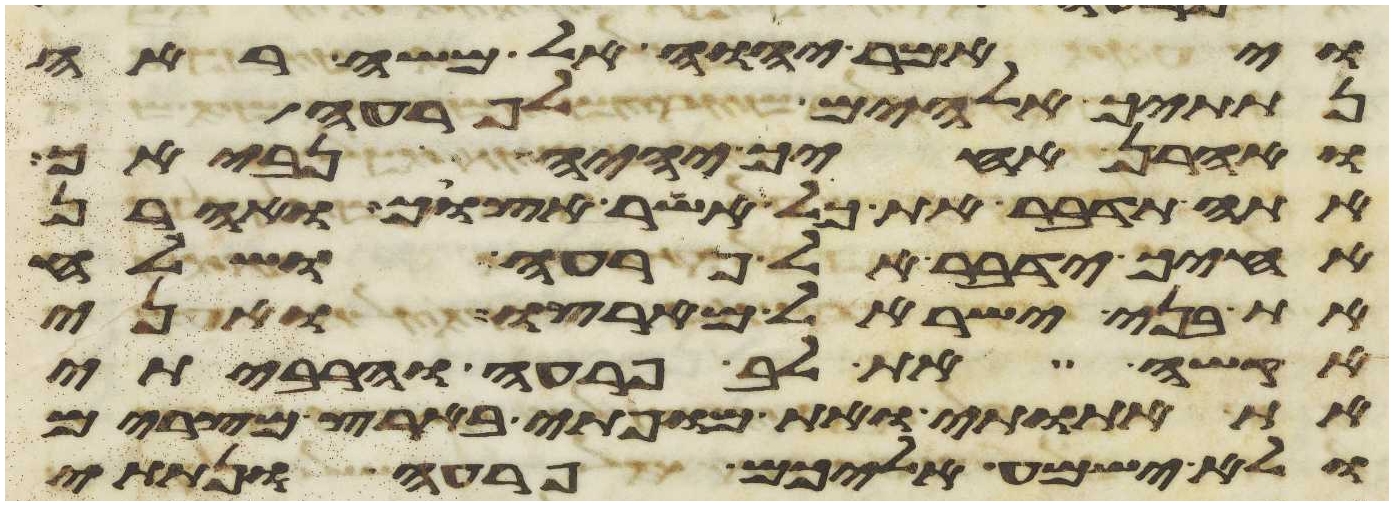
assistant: ויאמר יהוה אל משה ראה
נתתיך אלהים לפרעה
ואהרן אחיך יהיה נביאך
אתה תדבר את כל אשר אצוך ואהרן
אחיך ידבר אל פרעה ושלח
את בני ישראל מארצו ואני
אקשה את לב פרעה והרביתי
את אתותי ואת מופתי בארץ מצרים
ולא ישמע אליכם פרעה ונתתי